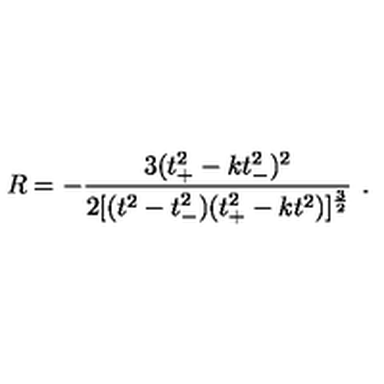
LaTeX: R = - \frac { 3 ( t _ { + } ^ { 2 } - k t _ { - } ^ { 2 } ) ^ { 2 } } { 2 [ ( t ^ { 2 } - t _ { - } ^ { 2 } ) ( t _ { + } ^ { 2 } - k t ^ { 2 } ) ] ^ { \frac { 3 } { 2 } } } \ .